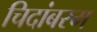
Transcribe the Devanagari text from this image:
चिदांबरम